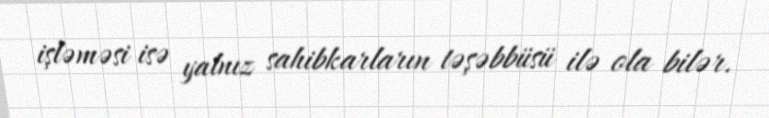
işləməsi isə yalnız sahibkarların təşəbbüsü ilə ola bilər.